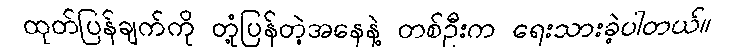
ထုတ်ပြန်ချက်ကို တုံ့ပြန်တဲ့အနေနဲ့ တစ်ဦးက ရေးသားခဲ့ပါတယ်။